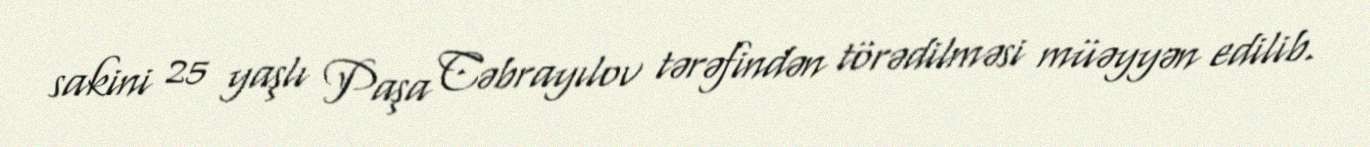
sakini 25 yaşlı Paşa Cəbrayılov tərəfindən törədilməsi müəyyən edilib.